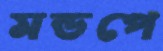
মন্ডপে